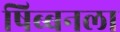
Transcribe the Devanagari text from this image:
षिब्बनला